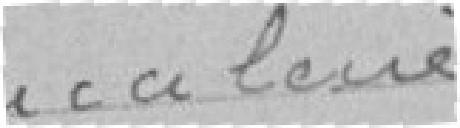
Bacalerie.